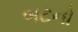
બટનો